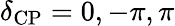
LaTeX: \delta_{\mathrm{CP}}=0,-\pi,\pi